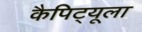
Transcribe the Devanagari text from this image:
कैपिट्यूला